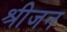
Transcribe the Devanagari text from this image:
श्रीजन